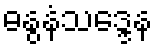
ဓနွနံသဒ္ဒေန